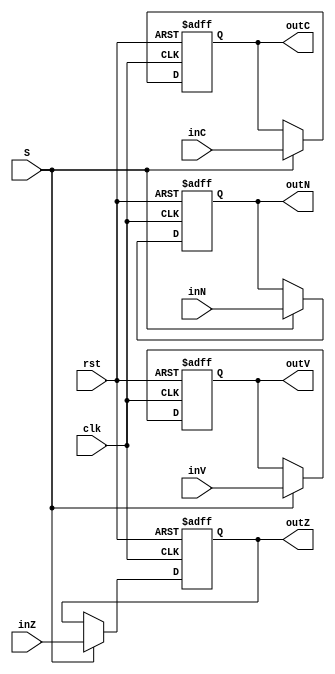
module StatusRegister (
    clk,
    rst,
    S,
    inN,
    inZ,
    inC,
    inV,

    outN,
    outZ,
    outC,
    outV
);
    input clk, rst, S, inN, inZ, inC, inV;
    output reg outN, outZ, outC, outV;

    always @(negedge clk, posedge rst) begin
        if (rst) begin
            outN <= 1'b0; 
            outZ <= 1'b0; 
            outC <= 1'b0; 
            outV <= 1'b0;
        end
        else if (S) begin
            outN <= inN; 
            outZ <= inZ; 
            outC <= inC; 
            outV <= inV;
        end
    end
endmodule